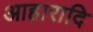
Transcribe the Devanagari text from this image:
आहारादि